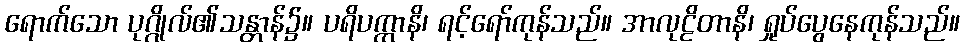
ရောက်သော ပုဂ္ဂိုလ်၏သန္တာန်၌။ ပရိပက္ကာနိ၊ ရင့်ရော်ကုန်သည်။ အာလုဠိတာနိ၊ ရှုပ်ပွေနေကုန်သည်။